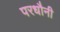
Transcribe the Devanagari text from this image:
परधौनी